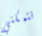
تتمكني